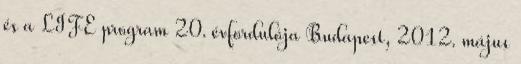
és a LIFE program 20. évfordulója Budapest, 2012. május